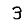
Digit: 3